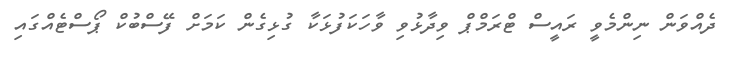
ދެއްވަން ނިންމެވީ ރައީސް ޓްރަމްޕް ވިދާޅުވި ވާހަކަފުޅަކާ ގުޅިގެން ކަމަށް ފޭސްބުކް ޕޯސްޓެއްގައި